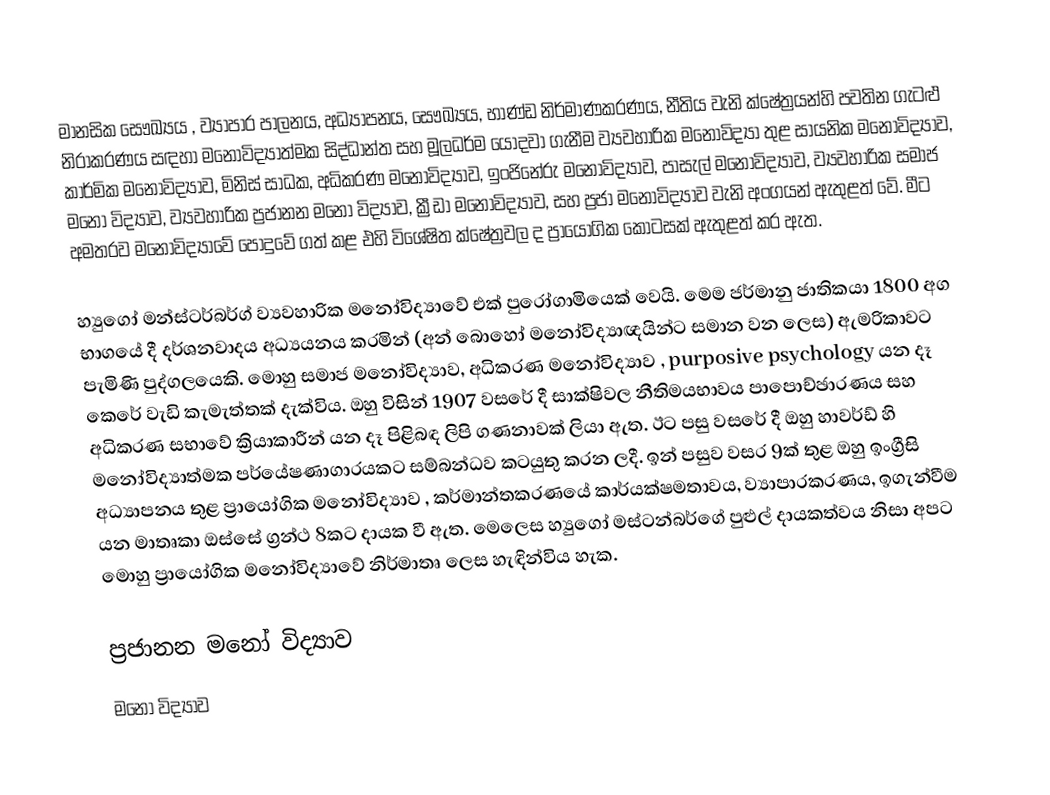
මානසික සෞඛ්‍යය , ව්‍යාපාර පාලනය, අධ්‍යාපනය, සෞඛ්‍යය, භාණ්ඩ නිර්මාණකරණය, නීතිය වැනි ක්ෂේත්‍රයන්හි පවතින ගැටළු නිරාකරණය  සඳහා මනෝවිද්‍යාත්මක සිද්ධාන්ත සහ මූලධර්ම යොදවා ගැනීම ව්‍යවහාරික මනෝවිද්‍යා තුළ සායනික මනෝවිද්‍යාව, කාර්මික මනෝවිද්‍යාව, මිනිස් සාධක, අධිකරණ මනෝවිද්‍යාව, ඉංජිනේරු මනෝවිද්‍යාව, පාසැල් මනෝවිද්‍යාව, ව්‍යවහාරික සමාජ මනෝ විද්‍යාව, ව්‍යවහාරික ප්‍රජානන මනෝ විද්‍යාව,  ක්‍රීඩා මනෝවිද්‍යාව, සහ ප්‍රජා මනෝවිද්‍යාව වැනි අංගයන් ඇතුළත් වේ. මීට අමතරව මනෝවිද්‍යාවේ පොදුවේ ගත් කළ එහි විශේෂිත ක්ෂේත්‍රවල ද ප්‍රායෝගික කොටසක් ඇතුළත් කර ඇත.

හ්‍යුගෝ මන්ස්ටර්බර්ග් ව්‍යවහාරික මනෝවිද්‍යාවේ එක් පුරෝගාමියෙක් වෙයි. මෙම ජර්මානු ජාතිකයා 1800 අග භාගයේ දී දර්ශනවාදය අධ්‍යයනය කරමින් (අන් බොහෝ මනෝවිද්‍යාඥයින්ට සමාන වන ලෙස) ඇමරිකාවට පැමිණි පුද්ගලයෙකි. මොහු සමාජ මනෝවිද්‍යාව, අධිකරණ මනෝවිද්‍යාව , purposive psychology යන දෑ කෙරේ වැඩි කැමැත්තක් දැක්විය. ඔහු විසින් 1907 වසරේ දී සාක්ෂිවල නීතිමයභාවය පාපොච්ඡාරණය සහ අධිකරණ සභාවේ ක්‍රියාකාරීන් යන දෑ පිළිබඳ ලිපි ගණනාවක් ලියා ඇත. ඊට පසු වසරේ දී ඔහු හාවර්ඩ් හි මනෝවිද්‍යාත්මක පර්යේෂණාගාරයකට සම්බන්ධව කටයුතු කරන ලදී. ඉන් පසුව වසර 9ක් තුළ ඔහු ඉංග්‍රීසි අධ්‍යාපනය තුළ ප්‍රායෝගික මනෝවිද්‍යාව , කර්මාන්තකරණයේ කාර්යක්ෂමතාවය, ව්‍යාපාරකරණය, ඉගැන්වීම යන මාතෘකා ඔස්සේ ග්‍රන්ථ 8කට දායක වී ඇත. මෙලෙස හ්‍යුගෝ මස්ටන්බර්ගේ පුළුල් දායකත්වය නිසා අපට මොහු ප්‍රායෝගික මනෝවිද්‍යාවේ නිර්මාතෘ ලෙස හැඳින්විය හැක.

ප්‍රජානන මනෝ විද්‍යාව
මනෝ විද්‍යාව